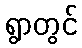
ရွာတွင်